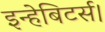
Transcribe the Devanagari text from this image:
इन्हेबिटर्स।